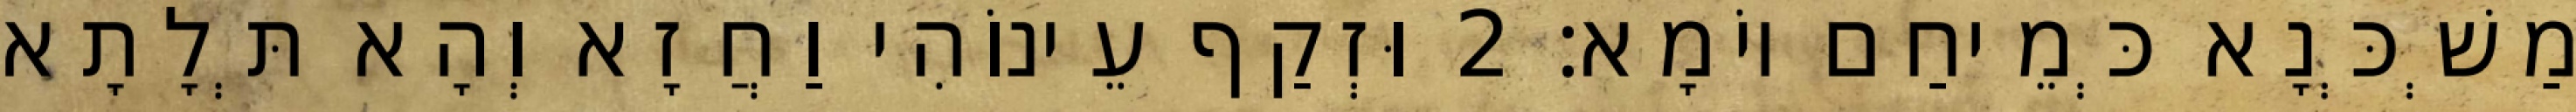
מַשְׁכְּנָא כְּמֵיחַם יוֹמָא׃ 2 וּזְקַף עֵינוֹהִי וַחֲזָא וְהָא תְּלָתָא